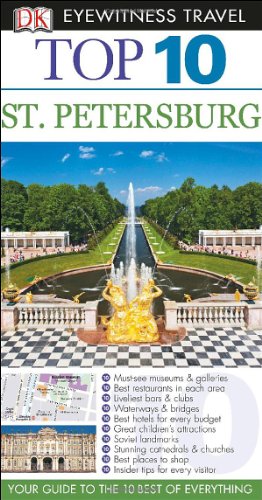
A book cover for Top 10 St. Petersburg (Eyewitness Top 10 Travel Guide); Marc Bennetts; Travel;